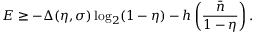
E \geq - \Delta ( \eta , \sigma ) \log _ { 2 } ( 1 - \eta ) - h \left( \frac { \bar { n } } { 1 - \eta } \right) .